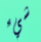
شيء